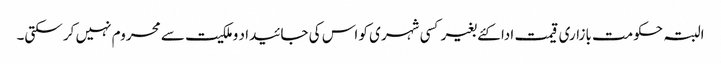
البتہ حکومت بازاری قیمت ادا کئے بغیر کسی شہری کو اس کی جائیدا د وملکیت سے محروم نہیں کر سکتی۔